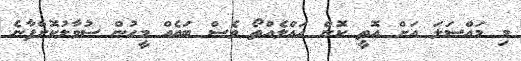
މި މައްސަލަ އަށް އޮތީ ކޮން ހައްލެއްތޯ ވެސް ބައެއް މީހުން ސުވާލުކޮށްފާނެ